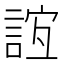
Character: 𧧼